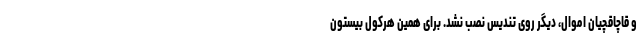
و قاچاقچیان اموال، دیگر روی تندیس نصب نشد. برای همین هرکولِ بیستون